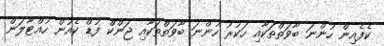
ކެފެއިން ހުންނަ ބާވަތްތަކާއި ހަކުރު ހުންނަ ބާވަތްތަކާއި ޖަންކް ފުޑް ކެއުން ހުއްޓާލަން